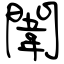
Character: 闈